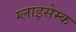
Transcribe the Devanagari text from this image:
ग्लाइसेम्क